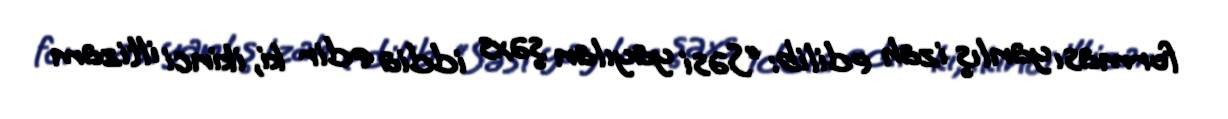
forması yanlış izah edilib: “Səsi yayılan şəxs iddia edir ki, ikinci iltizam